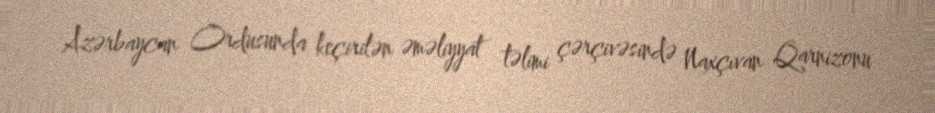
Azərbaycan Ordusunda keçirilən əməliyyat təlimi çərçivəsində Naxçıvan Qarnizonu